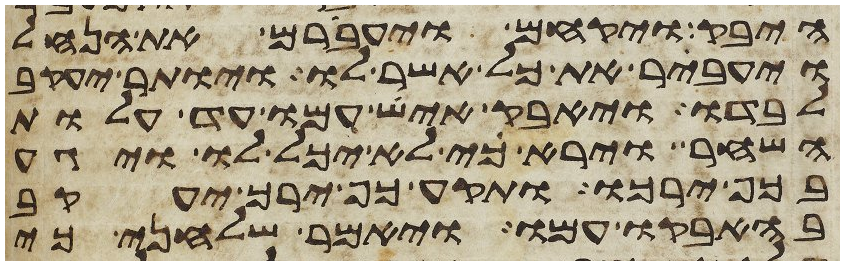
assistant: היבק ויקחם ויעברם את הנחל
ויעבר את כל אשר לו ויותר יעקב
לבדו ויאבק איש עמו עד עלות
השחר וירא כי לא יכל לו ויגע
בכף ירכו ותקע כף ירך יעקב
בהאבקו עמו ויאמר שלחני כי